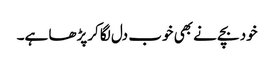
خود بچے نے بھی خوب دل لگا کرپڑھا ہے۔